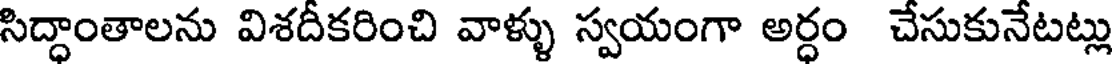
సిద్ధాంతాలను విశదీకరించి వాళ్ళు స్వయంగా అర్ధం చేసుకునేటట్లు